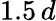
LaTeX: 1.5\, d